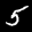
Label: 5